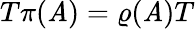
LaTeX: T\pi(\mathit{A})=\varrho(\mathit{A})T